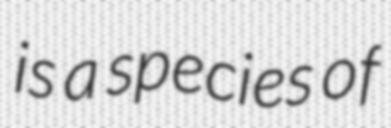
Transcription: is a species of